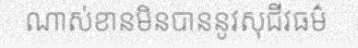
ណាស់ខានមិនបាននូវសុជីវធម៌